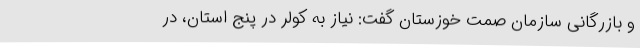
و بازرگانی سازمان صمت خوزستان گفت: نیاز به کولر در پنج استان، در